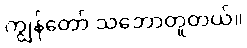
ကျွန်တော် သဘောတူတယ်။